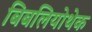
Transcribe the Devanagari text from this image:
बिबलियोथेक